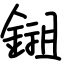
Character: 鎺